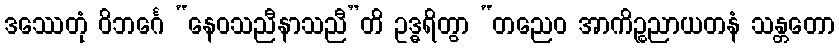
ဒဿေတုံ ဝိဘင်္ဂေ “နေဝသညီနာသညီ”တိ ဥဒ္ဓရိတွာ “တညေဝ အာကိဉ္စညာယတနံ သန္တတော